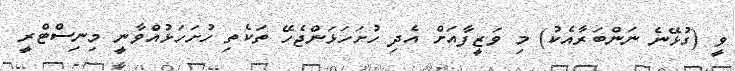
ވީ (ގުޅޭނެ ނަންބަރާއެކު) މި ވަޒީފާއަށް އެދި ހުށަހަޅަންޖެހޭ ތަކެތި ހުށަހަޅުއްވާނީ މިނިސްޓްރީ